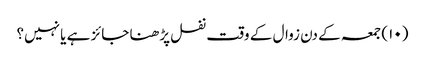
(۱۰) جمعہ کے دن زوال کے وقت نفل پڑھنا جائز ہے یا نہیں؟